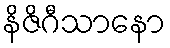
နိဇိဂီသာနော